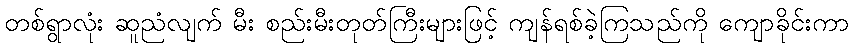
တစ်ရွာလုံး ဆူညံလျက် မီး စည်းမီးတုတ်ကြီးများဖြင့် ကျန်ရစ်ခဲ့ကြသည်ကို ကျောခိုင်းကာ